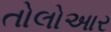
તોલોઆર